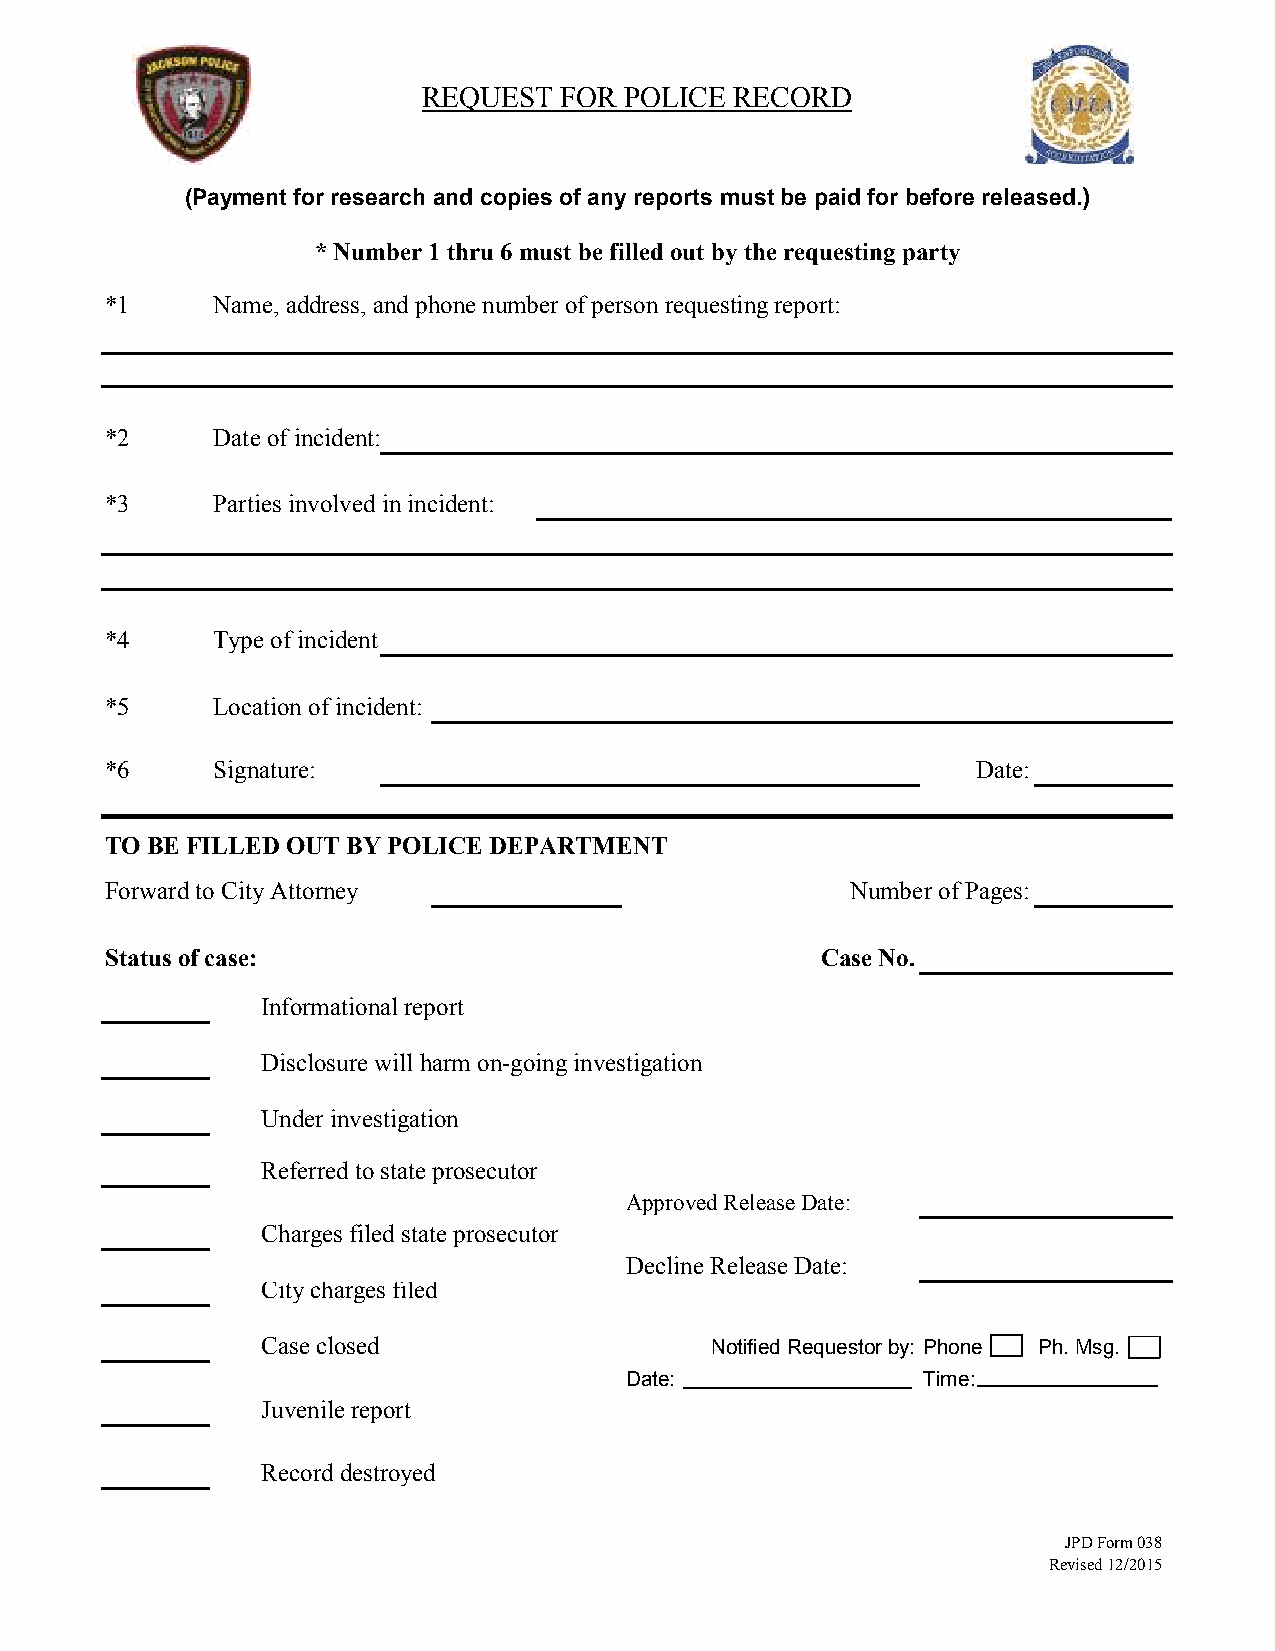
REQUEST  FOR POLICE  RECORD
 (Payment for research and copies of any reports must be paid for before released.)
 * Number 1 thru 6 must be filled out by the requesting party
 *1     Name, address, and phone number of person requesting report:
 *2     Date of incident:
 *3     Parties involved in incident:
 *4     Type of incident:
 *5     Location of incident:
 *6     Signature:                                         Date:
 TO BE FILLED OUT BY POLICE DEPARTMENT
 Forward to City Attorney                         Number of Pages:
 Status of case:                                Case No.
 Informational report
 Disclosure will harm on-going investigation
 Under investigation
 Referred to state prosecutor
 Approved Release Date:
 Charges filed state prosecutor
 Decline Release Date:
 City charges filed
 Case closed                   Notified Requestor by: Phone Ph. Msg.
 Date:               Time:
 Juvenile report
 Record destroyed
 JPD Form 038
 Revised 12/2015